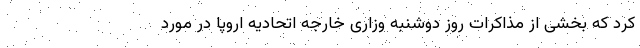
کرد که بخشی از مذاکرات روز دوشنبه وزاری خارجه اتحادیه اروپا در مورد